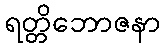
ရတ္တိဘောဇနာ